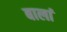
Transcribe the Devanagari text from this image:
बालां